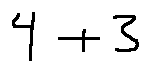
4 + 3